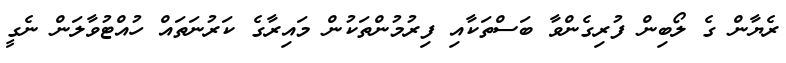
ރެޔާން ގެ ލޯބިން ފުރިގެންވާ ބަސްތަކާއި ފިރުމުންތަކުން މައިރާގެ ކަރުނަތައް ހުއްޓުވާލަން ނެގީ